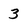
Character: 3